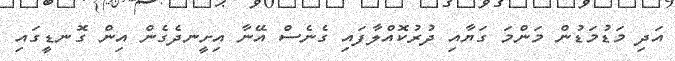
އަދި މަޑުމަޑުން މަންމަ ގަޔާއި ދުރުކޮއްލާފައި ގެނެސް އޭނާ އިށީނދެގެން އިން ގޮނޑީގައި